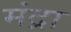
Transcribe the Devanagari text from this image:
मंद्रा